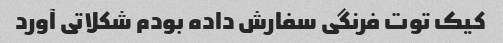
کیک توت فرنگی سفارش داده بودم شکلاتی آورد